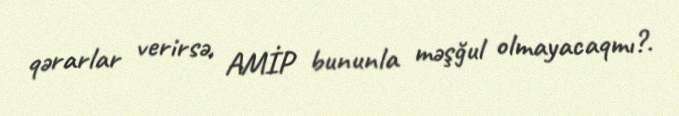
qərarlar verirsə, AMİP bununla məşğul olmayacaqmı?.